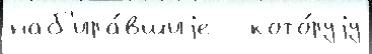
наб'ира́вшиjе   кото́руjу